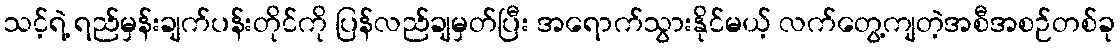
သင့်ရဲ့ ရည်မှန်းချက်ပန်းတိုင်ကို ပြန်လည်ချမှတ်ပြီး အရောက်သွားနိုင်မယ့် လက်တွေ့ကျတဲ့အစီအစဉ်တစ်ခု